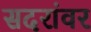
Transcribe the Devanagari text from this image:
सदरांवर